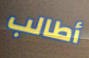
أطالب